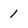
Character: 1